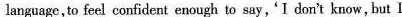
language ,to feel confident enough to say , ' I don't know , but l